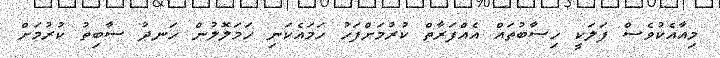
މިއާއެކުވެސް ފަލަކީ ހިސާބުތައް އެއްފަރާތް ކުރުމަށްފަހު ހަމައެކަނި ހަމަލޮލުން ހަނދު ސާބިތު ކުރުމަށް